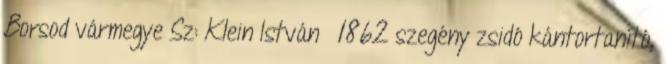
Borsod vármegye Sz: Klein István †1862 szegény zsidó kántortanító,